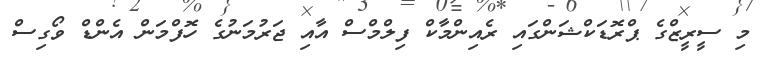
މި ސީރީޒްގެ ޕްރޮޑަކްޝަންގައި ރެއިންމާކް ފިލްމްސް އާއި ޖަރުމަނުގެ ހޮފްމަން އެންޑް ވޯގިސް